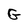
Character: G